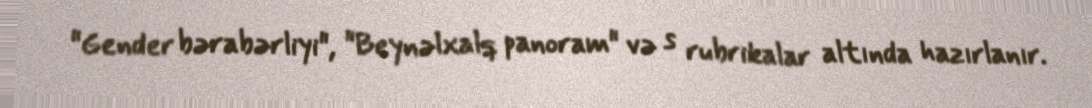
"Gender bərabərliyi", "Beynəlxalq panoram" və s rubrikalar altında hazırlanır.